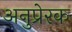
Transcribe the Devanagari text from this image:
अनुप्रेरक